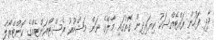
ދާދި ފަހުން ރައްޓެއްސަކު ކިޔައިދިން ގޮތުގައި މާލޭގެ ނަން މަޝްހޫރު ރެސްޓޯރަންޓެއްގެ ކޮންޓްރޯލް